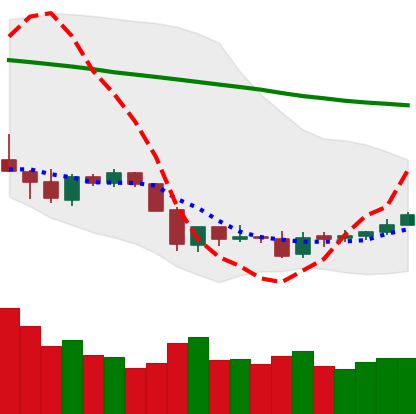
Ticker: ETC-USD
Chart end date: 2018-06-03
Forward return: -5.177%
Label: down_5_7